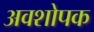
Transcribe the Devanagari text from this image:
अवशोपक